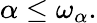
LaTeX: \alpha\leq\omega_{\alpha}.